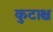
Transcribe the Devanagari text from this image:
कुटाश्च